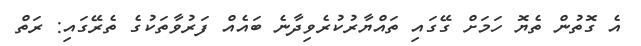
އެ ގޮތުން ތެޔޮ ހަމަށް ގޭގައި ތައްޔާރުކުރެވިދާނެ ބައެއް ފަރުވާތަކުގެ ތެރޭގައި: ރަތް